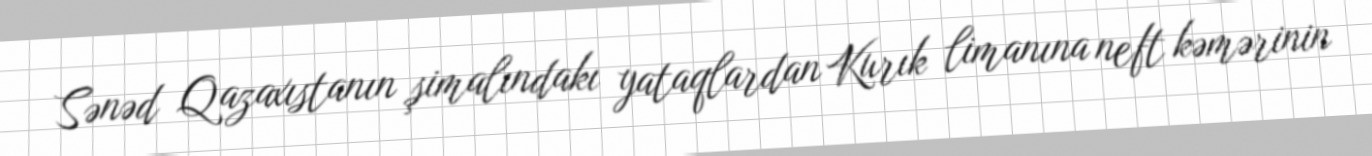
Sənəd Qazaxıstanın şimalındakı yataqlardan Kurık limanına neft kəmərinin